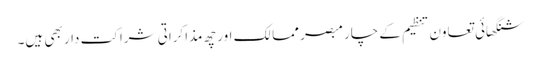
شنگھائی تعاون تنظیم کے چار مبصر ممالک اور چھ مذاکراتی شراکت دار بھی ہیں۔